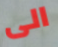
الى